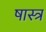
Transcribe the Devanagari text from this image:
षास्त्र